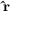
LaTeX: \mathbf { \hat { r } }